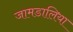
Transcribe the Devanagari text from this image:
जामडालिया